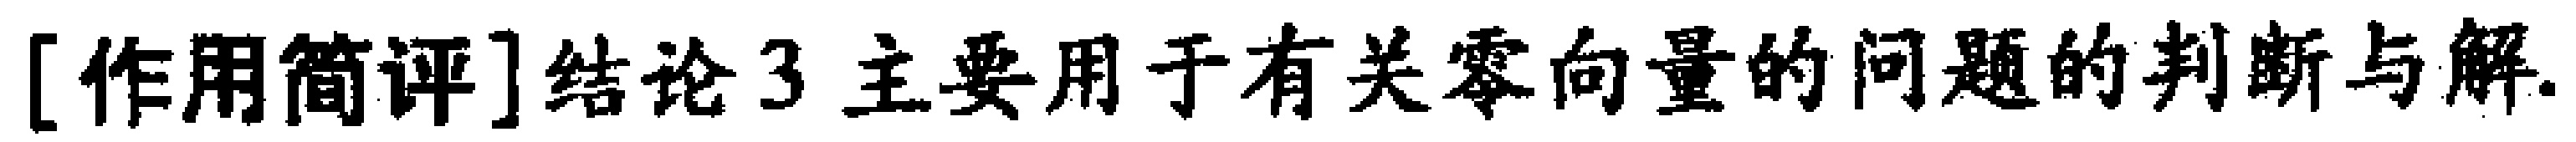
[作用简评]结论3主要用于有关零向量的问题的判断与解.